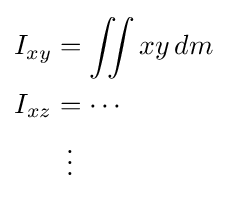
{\begin{aligned}I_{xy}&=\iint xy\,dm\\I_{xz}&=\cdots \\&\,\,\,\vdots \end{aligned}}